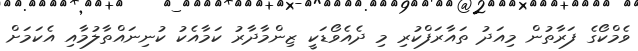
ވެމްކޯގެ ފަރާތުން މިއަދު ތައާރަފްކުރި މި ދެއެވޯޑަކީ ޒިންމާދާރު ކަމާއެކު ކުނިނައްތާލުމާއި އެކަމަށް